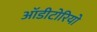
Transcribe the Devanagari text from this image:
ऑडीटोरियो